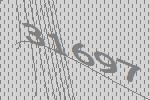
31697